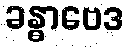
ခန္ဓာဗေဒ